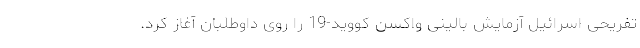
تفریحی اسرائیل آزمایش بالینی واکسن کووید-19 را روی داوطلبان آغاز کرد.